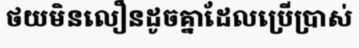
ថយមិនលឿនដូចគ្នាដែលប្រើប្រាស់